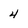
Character: 4